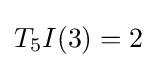
T_{5}I(3)=2